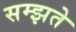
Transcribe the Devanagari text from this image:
सम्झते